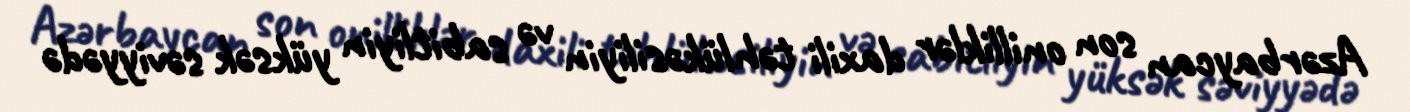
Azərbaycan son onilliklər daxili təhlükəsiliyin və sabitliyin yüksək səviyyədə